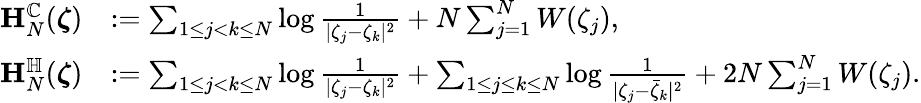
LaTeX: \begin{array}{rl}{\mathbf{H}_{N}^{\mathbb{C}}(\boldsymbol{\zeta})}&{:=\sum_{1\le j<k\le N}\log\frac{1}{|\zeta_{j}-\zeta_{k}|^{2}}+N\sum_{j=1}^{N}W(\zeta_{j}),}\\ {\mathbf{H}_{N}^{\mathbb{H}}(\boldsymbol{\zeta})}&{:=\sum_{1\le j<k\le N}\log\frac{1}{|\zeta_{j}-\zeta_{k}|^{2}}+\sum_{1\le j\le k\le N}\log\frac{1}{|\zeta_{j}-\bar{\zeta}_{k}|^{2}}+2N\sum_{j=1}^{N}W(\zeta_{j}).}\end{array}